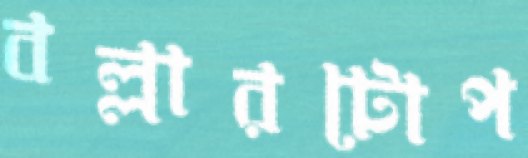
বল্লারটোপ